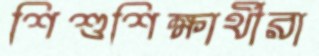
শিশুশিক্ষার্থীরা